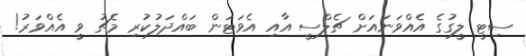
ސިޓީ ލީގުގެ އެއްވަނައަށް ޗެލްސީ އާއި އެވަޓަން ބައްދަލުކުރި މެޗު ވީ އެއްވަރު!